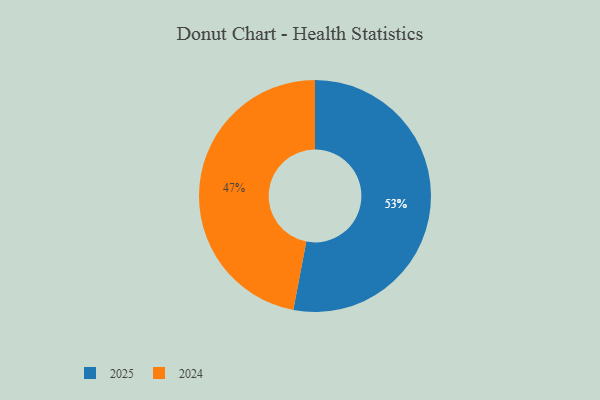
{"axis": {"x": "Category", "y": "Percentage"}, "legend": ["2024", "2025"], "data": [{"x": "2024", "y": 47, "type": "2024"}, {"x": "2025", "y": 53, "type": "2025"}]}